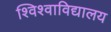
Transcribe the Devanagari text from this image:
श्विश्वाविद्यालय